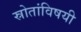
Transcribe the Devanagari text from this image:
स्रोतांविषयी